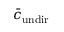
\bar { c } _ { \mathrm { u n d i r } }